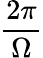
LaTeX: \frac{2\pi}{\Omega}